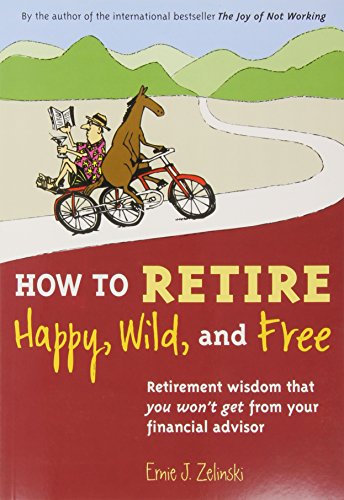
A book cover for How to Retire Happy, Wild, and Free: Retirement Wisdom That You Won't Get from Your Financial Advisor; Ernie J. Zelinski; Health, Fitness & Dieting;